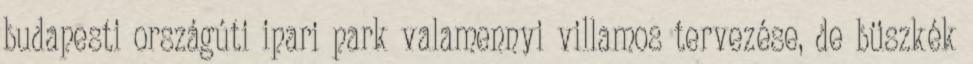
budapesti országúti ipari park valamennyi villamos tervezése, de büszkék